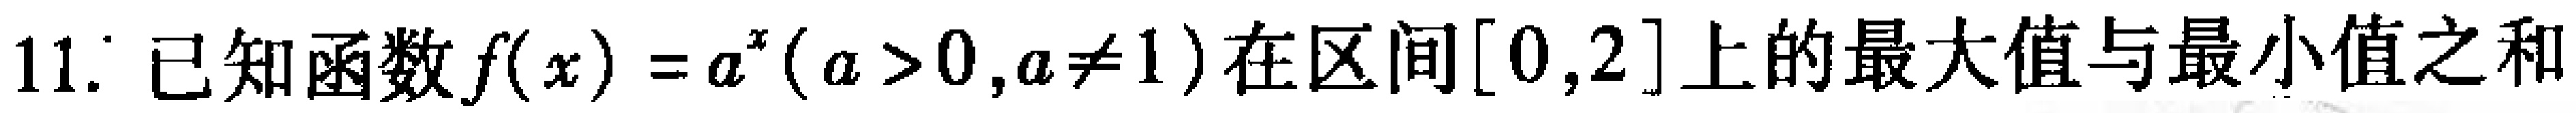
11. 已知函数$f(x)=a^{x}(a > 0,a\neq 1)$在区间$[0,2]$上的最大值与最小值之和